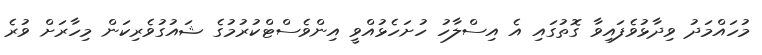
މުހައްމަދު ވިދާޅުވެފައިވާ ގޮތުގައި އެ އިސްލާހު ހުށަހެޅުއްވީ އިންވެސްޓްކުރުމުގެ ޝައުގުވެރިކަން މިހާރަށް ވުރެ